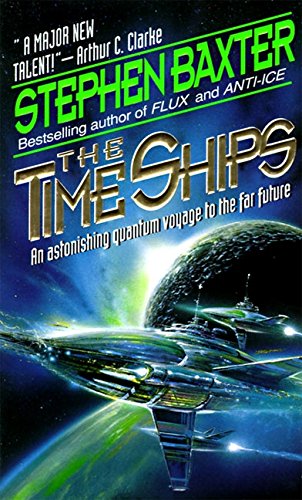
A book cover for The Time Ships; Stephen Baxter; Science Fiction & Fantasy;